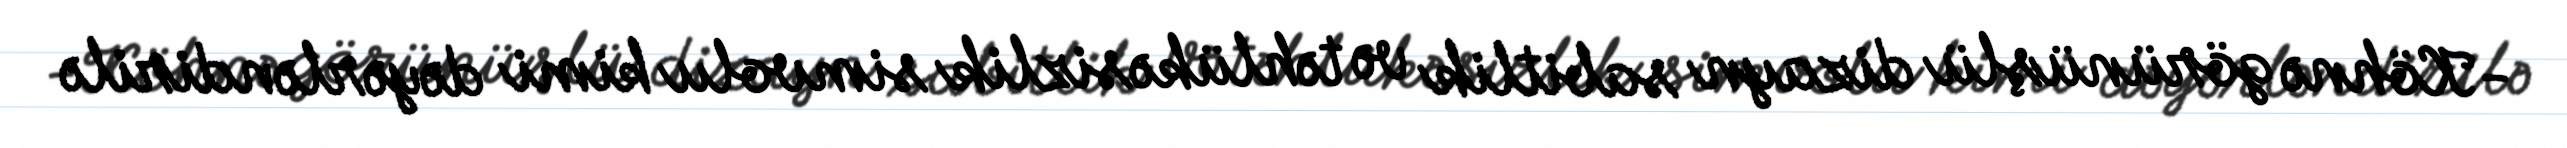
-Köhnə görünüşlü dizayn sabitlik və təhlükəsizlik simvolu kimi dəyərləndirilə